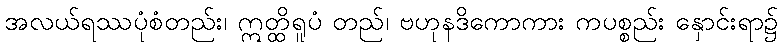
အလယ်ရဿပုံစံတည်း၊ ဣတ္ထိရူပံ တည်၊ ဗဟုနဒိကောကား ကပစ္စည်း နှောင်းရာ၌